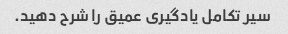
سیر تکامل یادگیری عمیق را شرح دهید.